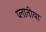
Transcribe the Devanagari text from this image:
प्लातीया